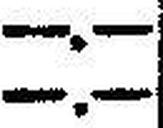
—.—